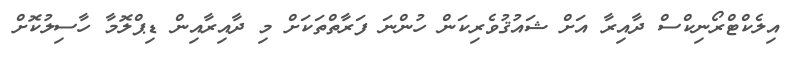
އިލެކްޓްރޯނިކްސް ދާއިރާ އަށް ޝައުޤުވެރިކަން ހުންނަ ފަރާތްތަކަށް މި ދާއިރާއިން ޑިޕްލޮމާ ހާސިލުކޮށް